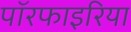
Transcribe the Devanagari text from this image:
पॉरफाइरिया